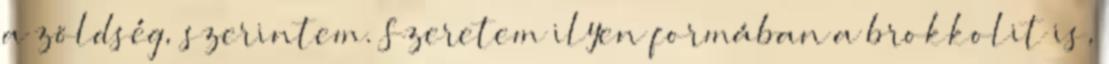
a zöldség, szerintem. Szeretem ilyen formában a brokkolit is,